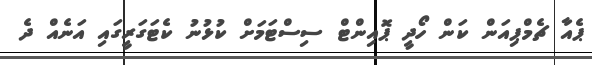
ޕެއާ ޗެމްޕިއަން ކަން ހޯދީ ޕޮއިންޓް ސިސްޓަމަށް ކުޅުނު ކެޓަގަރީގައި އަނެއް ދެ